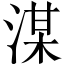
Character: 湈